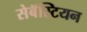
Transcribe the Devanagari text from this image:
सेबॅस्टियन